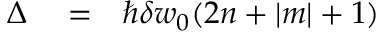
\begin{array} { r l r } { \Delta } & { { } = } & { \hbar \delta w _ { 0 } ( 2 n + | m | + 1 ) } \end{array}